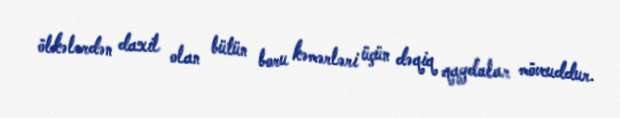
ölkələrdən daxil olan bütün boru kəmərləri üçün dəqiq qaydalar mövcuddur.